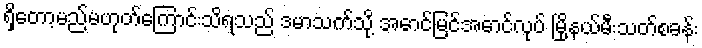
ရှိတော့မည်မဟုတ်ကြောင်းသိရသည် ဒမာသက်သို့ အောင်မြင်အောင်လုပ် မြို့နယ်မီးသတ်စခန်း